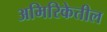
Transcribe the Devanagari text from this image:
अमिरिकेतील